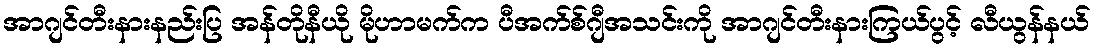
အာဂျင်တီးနားနည်းပြ အန်တိုနီယို မိုဟာမက်က ပီအက်စ်ဂျီအသင်းကို အာဂျင်တီးနားကြယ်ပွင့် လီယွန်နယ်